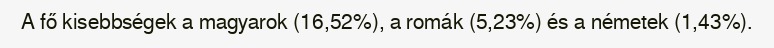
A fő kisebbségek a magyarok (16,52%), a romák (5,23%) és a németek (1,43%).